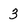
Character: 3